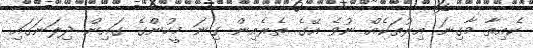
ކެއިތާ މާގިނަ އިރުތަކެއް ނުވެ އޭގެ ތެރެއިން ގިނަ މީހުންގެ ގައިން ދިލަނަގައި